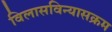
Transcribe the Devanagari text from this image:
विलासविन्यासक्रम